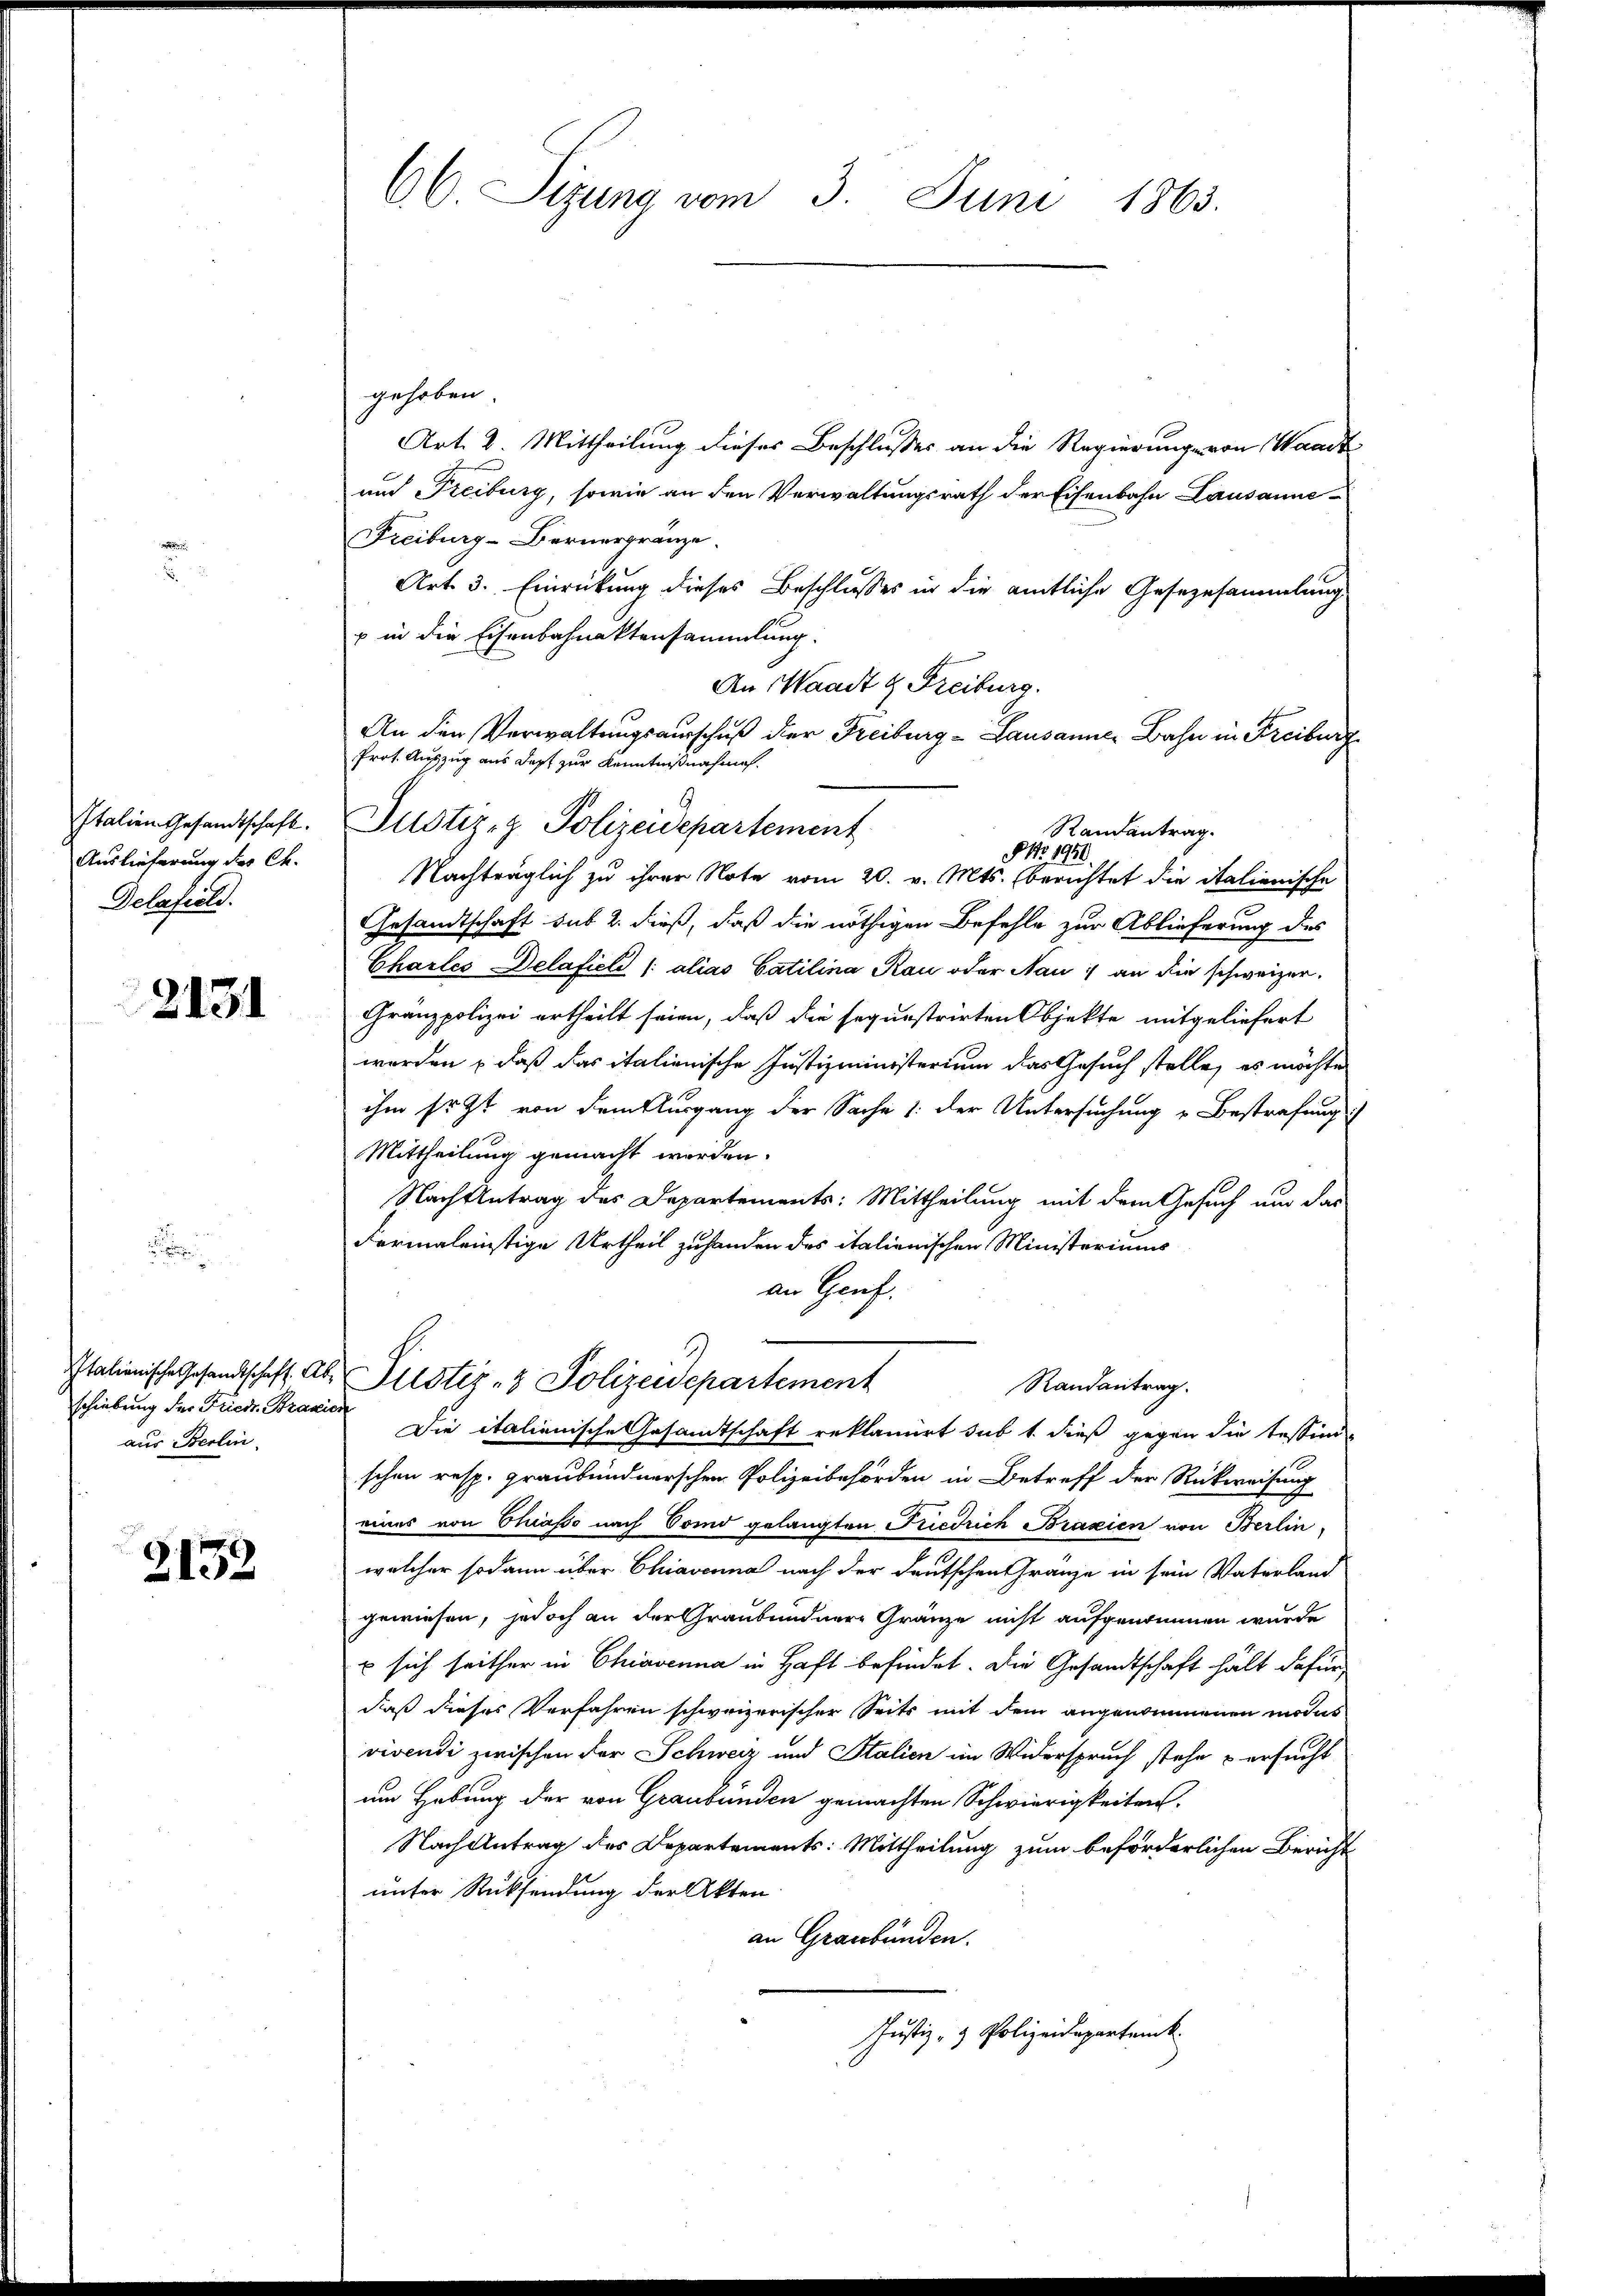
Auslieferung des Ch.
Delafiele.

2131

.

schiebung der Friedr. Brazion
aus Berlin.

2152

66 Sizung vom 3. Juni 1863.

gehoben.
Art. 2. Mittheilung dieses Beschlusses an die Regierung von Waadt
aud Freiburg, sowie an den Verwaltungsrath der Eisenbahn Lausanne
Freiburg-Bernergränze.
Art. 3. Einrückung dieses Beschlusses in die amtliche Gesezesammlung
p in die Eisenbahnaktensammlung.
An Waadt & Freiburg.
An den Verwaltungsausschuß der Freiburg - Lausanner Bahn in Freiburg
Prot. Auszug aus dest zur Kenntnißnahme.
Italien Gesandtschaft. Justiz- & Polizeidepartement
Nachträglich zu ihrer Note vom 20. v. Mts. berichtet die italienische
Gesandtschaft sub 2. dieß, daß die nöthigen Befehle zur Ablieferung des
Chartes Delaficli /: alias Catilina Rau oder Nau) an die schweizer.
Granzpolizei ertheilt seien, daß die sequestrirten Objekte mitgeliefert
worden, daß das italienische Justizministerium das Gesuch stelle, es möchte
ihm sr. Zt. von Semthurgang der Sache 1 der Untersuchung u Bestrafung
Mittheilung gemacht werden.
Nach Antrag des Departements: Mittheilung mit dem Gesuch um das
Fermaleinstige Urtheil zuhanden des italienischen Ministeriums
an Genf.
Italienische Gesandtschaft. Aber Justiz- & Polizeidepartement
Randantrag.
Die italienische Gesamtschaft reklamirt sub 1. dieß gegen die Tessin
schen resp. graubündnerschen Polizeibehörden in Betreff der Rückweisung
eines von Chiasso nach Tomo gelangten Friedrich Brazien von Berlin
welcher sodann über Chiavenna nach der deutschen Gränze in sein Vaterland
gewiesen, jedoch an der Graubündnere Gränze nicht aufgenommen wurde
 sich seither in Chiavenna in Haft befindet. Die Gesandtschaft hält dafür
daß dieses Verfahren schweizerischer Seits mit dem angenommenen modus
vivendi zwischen der Schweiz und Stalien im Widerspruch stehe & ersucht
um Hebung der von Graubünden gemachten Schwierigkeiten.
Nach Antrag des Departements: Mittheilung zum beförderlichen Bericht
unter Rücksendung der Akten
an Graubünden.
JJustiz- & Polizeidepartenk

NNo. 1910.

Randantrag.